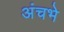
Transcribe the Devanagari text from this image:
अंचभे